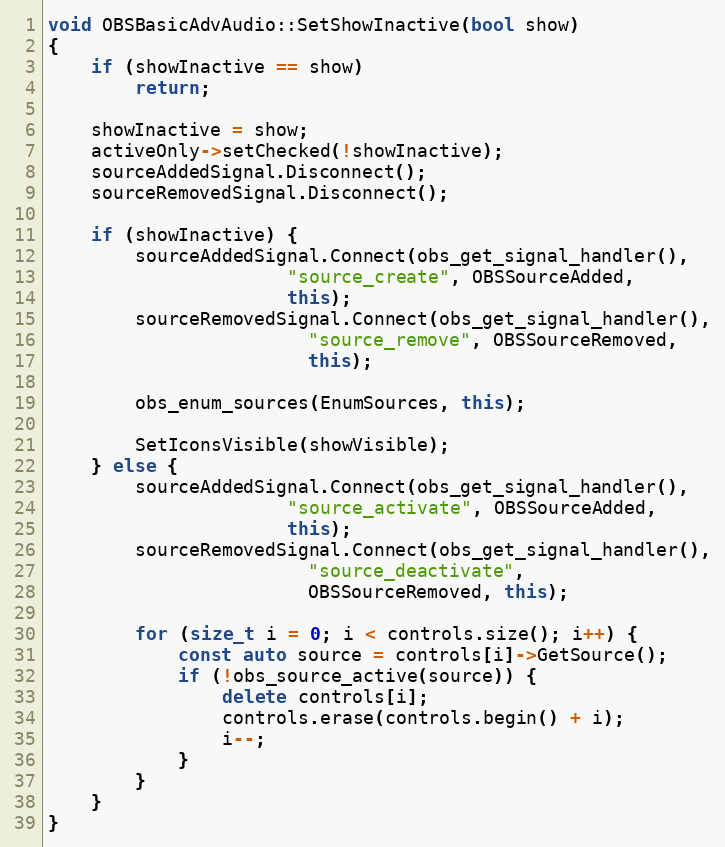
Language: C++
void OBSBasicAdvAudio::SetShowInactive(bool show)
{
	if (showInactive == show)
		return;

	showInactive = show;
	activeOnly->setChecked(!showInactive);
	sourceAddedSignal.Disconnect();
	sourceRemovedSignal.Disconnect();

	if (showInactive) {
		sourceAddedSignal.Connect(obs_get_signal_handler(),
					  "source_create", OBSSourceAdded,
					  this);
		sourceRemovedSignal.Connect(obs_get_signal_handler(),
					    "source_remove", OBSSourceRemoved,
					    this);

		obs_enum_sources(EnumSources, this);

		SetIconsVisible(showVisible);
	} else {
		sourceAddedSignal.Connect(obs_get_signal_handler(),
					  "source_activate", OBSSourceAdded,
					  this);
		sourceRemovedSignal.Connect(obs_get_signal_handler(),
					    "source_deactivate",
					    OBSSourceRemoved, this);

		for (size_t i = 0; i < controls.size(); i++) {
			const auto source = controls[i]->GetSource();
			if (!obs_source_active(source)) {
				delete controls[i];
				controls.erase(controls.begin() + i);
				i--;
			}
		}
	}
}